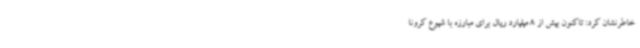
خاطرنشان کرد: تاکنون بیش از 8 میلیارد ریال برای مبارزه با شیوع کرونا